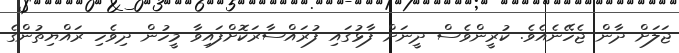
ޖަލަށް ދާން ޖެހޭނެއެވެ. ކުރީންވެސް ދީނަށް ފާޅުގައި ފުރައްސާރަކޮށްފައިވާ މީހުން ދިވެހި ރައްޔިތުންގެ